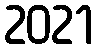
2021